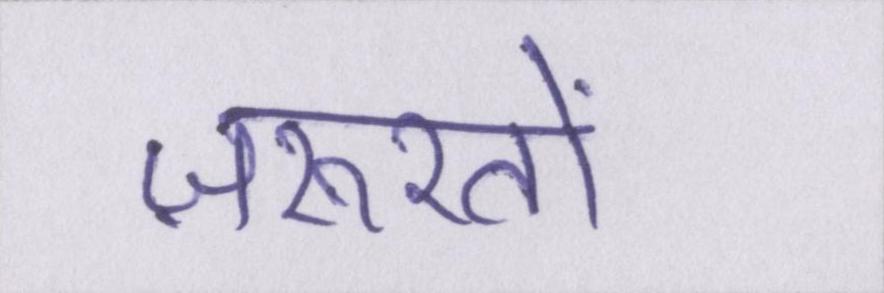
ज़रूरतों